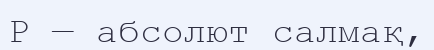
Р — абсолют салмақ,